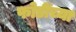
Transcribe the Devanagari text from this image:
फोडींच्या